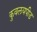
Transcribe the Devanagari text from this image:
कुवलयपीड